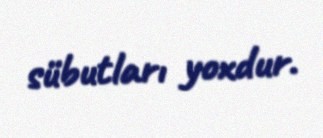
sübutları yoxdur.